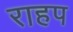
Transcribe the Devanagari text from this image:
राहप